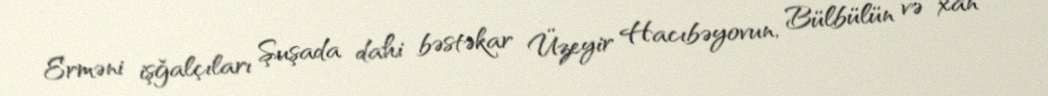
Erməni işğalçıları Şuşada dahi bəstəkar Üzeyir Hacıbəyovun, Bülbülün və xan